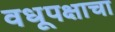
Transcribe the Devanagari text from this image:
वधूपक्षाचा